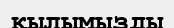
қылымызды